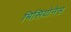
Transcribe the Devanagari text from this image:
मिसियोनेस